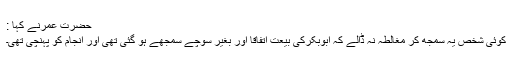
حضرت عمرنے کہا :
کوئی شخص یہ سمجھ کر مغالطہ نہ ڈالے کہ ابوبکرکی بیعت اتفاقاً اور بغیر سوچے سمجھے ہو گئی تھی اور انجام کو پہنچی تھی۔